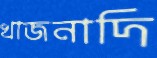
খাজনাদি